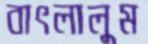
বাৎলালুম